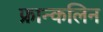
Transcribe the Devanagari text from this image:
फ्रान्कलिन